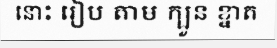
នោះ រៀប តាម ក្បួន ខ្នាត